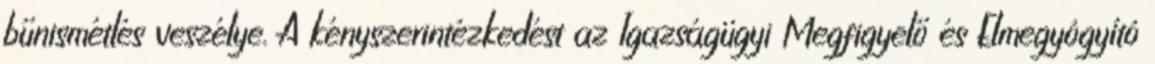
bűnismétlés veszélye. A kényszerintézkedést az Igazságügyi Megfigyelő és Elmegyógyító